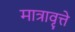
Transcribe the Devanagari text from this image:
मात्रावृत्ते